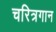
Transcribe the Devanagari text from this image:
चरित्रगान